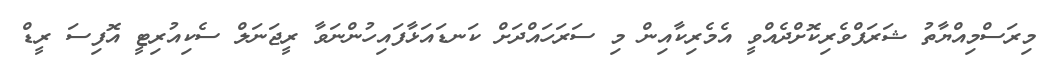
މިރަސްމިއްޔާތު ޝަރަފްވެރިކޮށްދެއްވީ އެމެރިކާއިން މި ސަރަހައްދަށް ކަނޑައަޅާފައިހުންނަވާ ރީޖަނަލް ސެކިއުރިޓީ އޮފިސަ ރީޑް